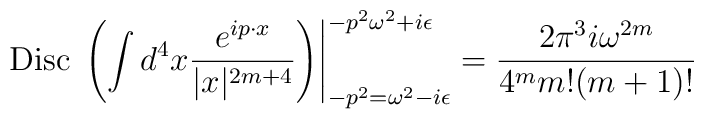
\left. {\rm Disc}\; \left( \int d^4 x {e^{i p \cdot x} \over |x|^{2m+4}} \right) \right|_{-p^2 = \omega^2 -i\epsilon}^{-p^2 \omega^2 +i\epsilon}  = {2\pi^3i \omega^{2m} \over 4^m m! (m+1)!}